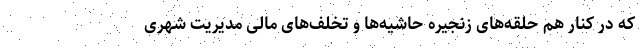
که در کنار هم حلقه‌های زنجیره حاشیه‌ها و تخلف‌های مالی مدیریت شهری